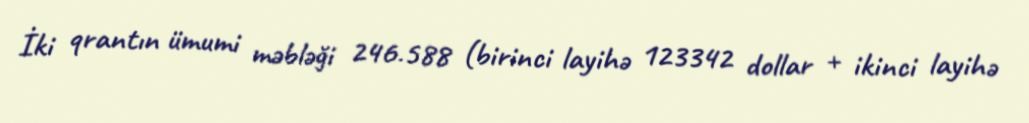
İki qrantın ümumi məbləği 246.588 (birinci layihə 123342 dollar + ikinci layihə